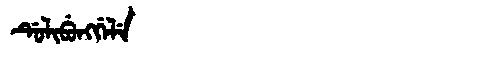
Manchu: ᡩᡠᠯᡳᠪᡠᠩᡤᡝᠯᡝ
Romanization: DULIBUNGGELE